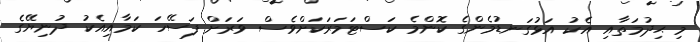
މި ޙިދުމަތާއި އެކު އަޅުގަނޑުމެންގެ ކޮންމެ ކަސްޓަމަރަކަށްވެސް ވަރަށް ފަސޭހަ ކަމާއިއެކު ދުނިޔޭގެ